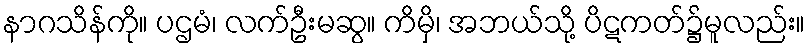
နာဂသိန်ကို။ ပဌမံ၊ လက်ဦးမဆွ။ ကိမှိ၊ အဘယ်သို့ ပိဋကတ်၌မူလည်း။